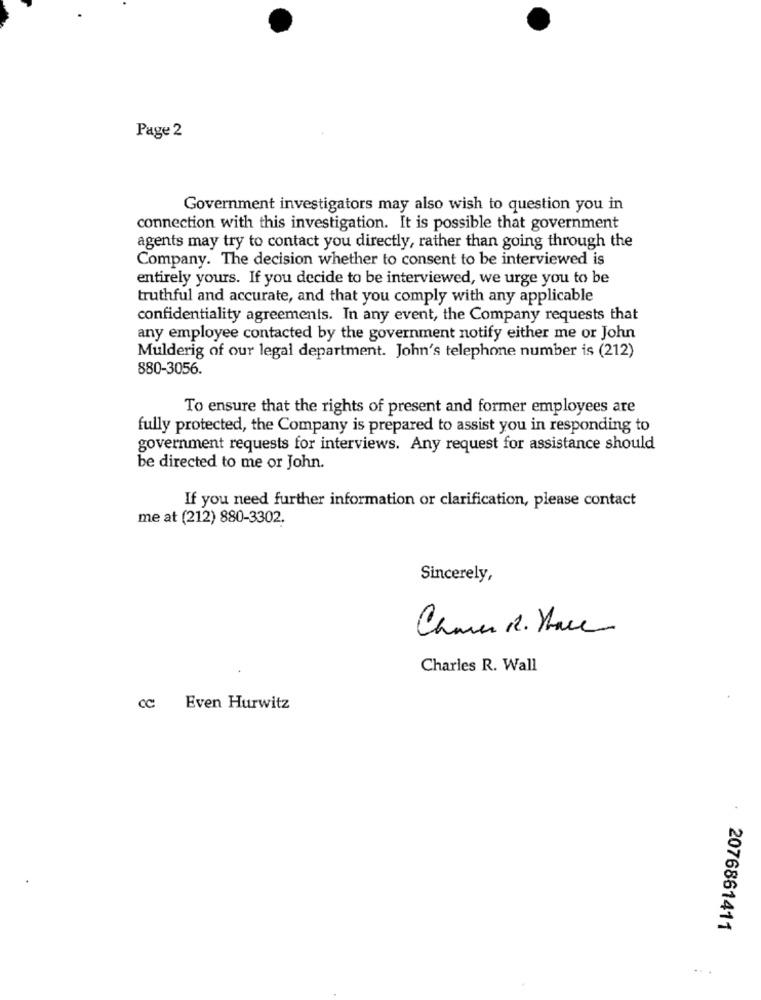
Page 2
Government investigators may also wish to question you in
connection with this investigation. It is possible that government
agents may try to contact you directly, rather than going through the
Company. The decision whether to consent to be interviewed is
entirely yours. If you decide to be interviewed, we urge you to be
truthful and accurate, and that you comply with any applicable
confidentiality agreements. In any event, the Company requests that
any employee contacted by the government notify either me or John
Mulderig of our legal department. John's telephone number is (212)
880-3056.
To ensure that the rights of present and former employees are
fully protected, the Company is prepared to assist you in responding to
government requests for interviews. Any request for assistance should
be directed to me or John.
If you need further information or clarification, please contact
me at (212) 880-3302.
Sincerely,
Caner R. Hace
Charles R. Wall
cc Even Hurwitz
2076861411
...